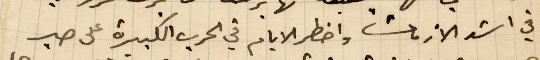
في اشد الأزمات وأخطر الأيام في الحرب الكبيرة عن صبر